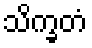
သိက္ခတံ